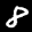
Label: 8